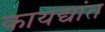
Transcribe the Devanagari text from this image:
कायद्यांत